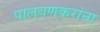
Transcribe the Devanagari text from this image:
पालवणकरांना